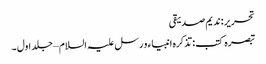
تحریر : ندیم صدیقی
تبصرہ کتب : تذکرہ انبیاء و رسل علیہ السلام – جلد اول ۔